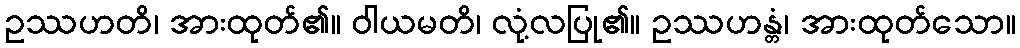
ဥဿဟတိ၊ အားထုတ်၏။ ဝါယမတိ၊ လုံ့လပြု၏။ ဥဿဟန္တံ၊ အားထုတ်သော။